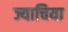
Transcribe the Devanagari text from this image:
ज्याचिया